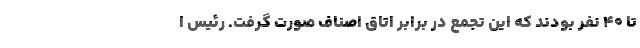
تا 40 نفر بودند که این تجمع در برابر اتاق اصناف صورت گرفت. رئیس ا